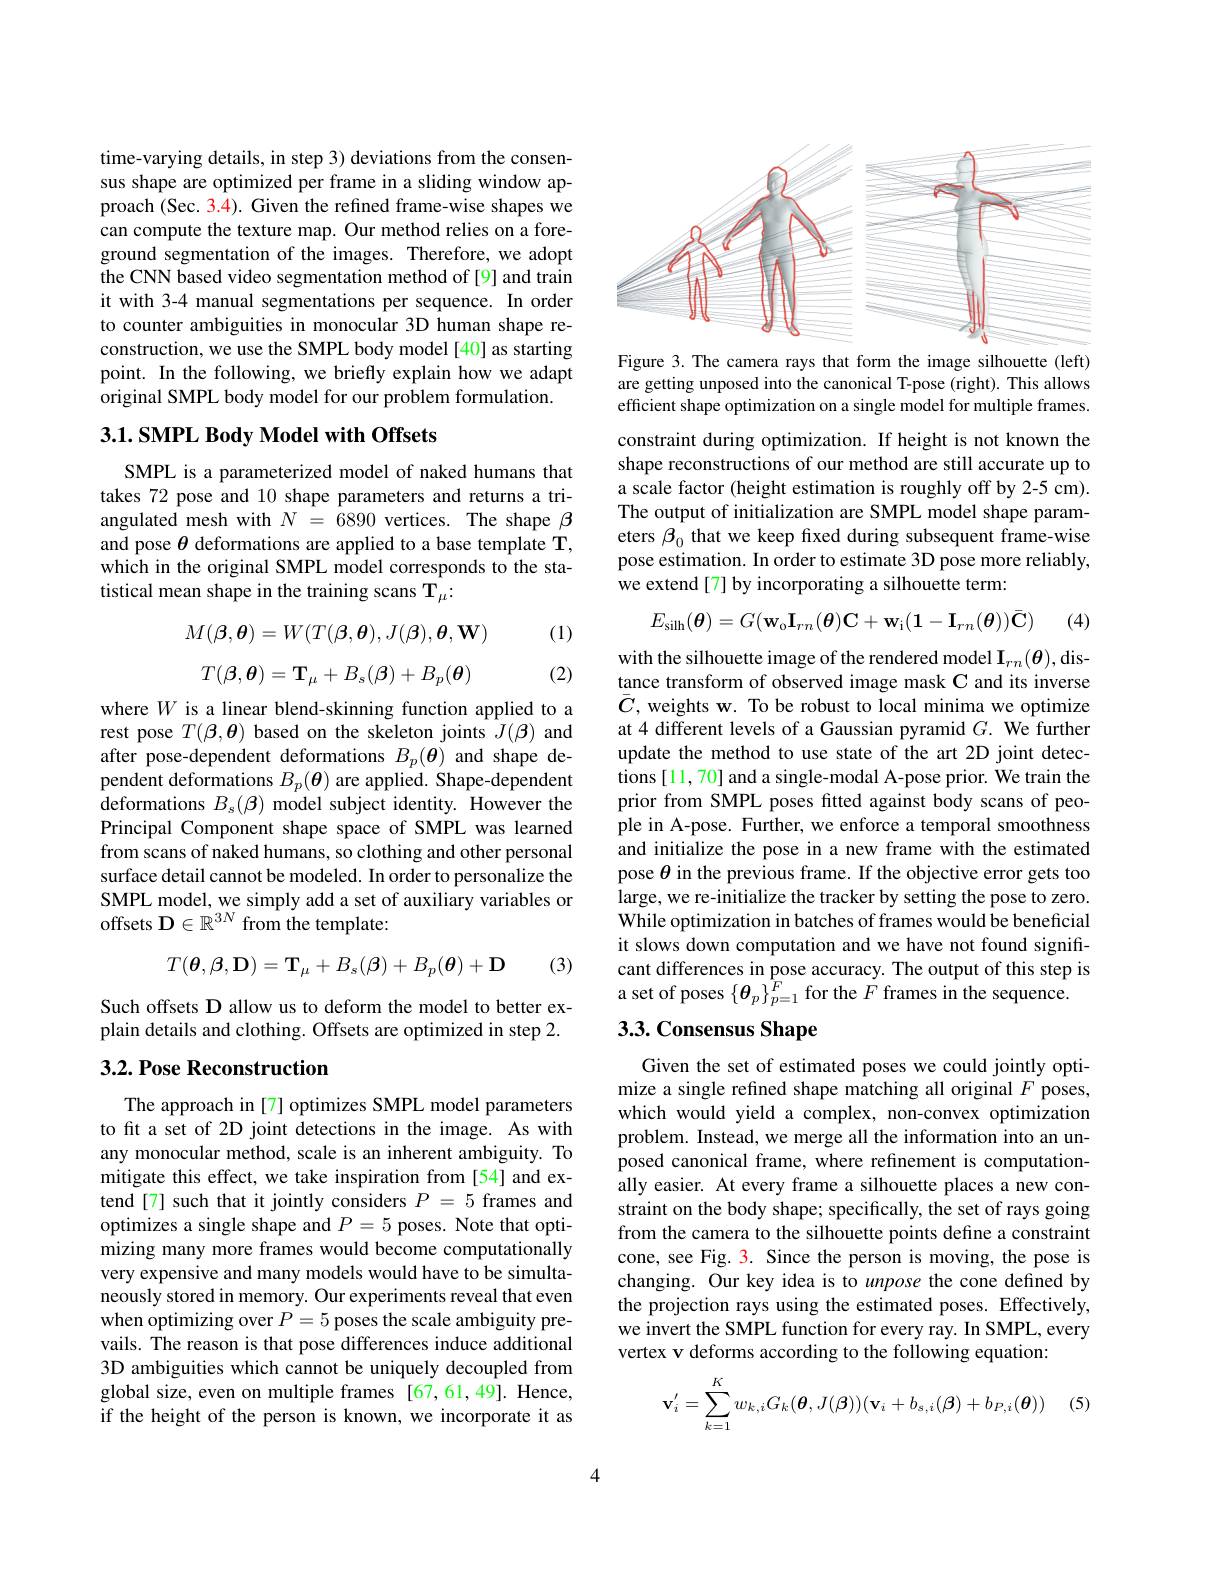
time-varying details, in step 3) deviations from the consensus shape are optimized per frame in a sliding window approach (Sec. 3.4). Given the refined frame-wise shapes we can compute the texture map. Our method relies on a foreground segmentation of the images. Therefore, we adopt the CNN based video segmentation method of [9] and train it with 3-4 manual segmentations per sequence. In order to counter ambiguities in monocular 3D human shape reconstruction, we use the SMPL body model [40] as starting point. In the following, we briefly explain how we adapt original SMPL body model for our problem formulation.

## 3.1. SMPL Body Model with Offsets

SMPL is a parameterized model of naked humans that takes 72 pose and 10 shape parameters and returns a triangulated mesh with $N$ = $\tilde{6} 890$ vertices. The shape $\beta$ and pose $\theta$ deformations are applied to a base template T, which in the original SMPL model corresponds to the statistical mean shape in the training scans T$_\mu{:}$

(1)
$$M(\beta,\theta)=W(T(\beta,\theta),J(\beta),\theta,\mathbf{W})$$
$$T(\boldsymbol{\beta},\boldsymbol{\theta})=\mathbf{T}_\mu+B_s(\boldsymbol{\beta})+B_p(\boldsymbol{\theta})$$
(2)

where $W$ is a linear blend-skinning function applied to a rest pose $T(\beta,\boldsymbol{\theta})$ based on the skeleton joints $J(\beta)$ and after pose-dependent deformations $B_p(\boldsymbol{\theta})$ and shape dependent deformations $B_p(\boldsymbol{\theta})$ are applied. Shape-dependent deformations $B_s(\beta)$ model subject identity. However the Principal Component shape space of SMPL was learned from scans of naked humans, so clothing and other personal surface detail cannot be modeled. In order to personalize the SMPL model, we simply add a set of auxiliary variables or offsets D$\in\mathbb{R}^3N$ from the template:
$$T(\boldsymbol{\theta},\boldsymbol{\beta},\mathbf{D})=\mathbf{T}_\mu+B_s(\boldsymbol{\beta})+B_p(\boldsymbol{\theta})+\mathbf{D}$$
(3)

Such offsets D allow us to deform the model to better explain details and clothing. Offsets are optimized in step 2.

# 3.2. Pose Reconstruction

The approach in [7] optimizes SMPL model parameters to fit a set of 2D joint detections in the image. As with any monocular method, scale is an inherent ambiguity. To mitigate this effect, we take inspiration from [54] and extend[7] such that it jointly considers $P=5$ frames and optimizes a single shape and $P=5$ poses. Note that optimizing many more frames would become computationally very expensive and many models would have to be simultaneously stored in memory. Our experiments reveal that even when optimizing over $P=5$ poses the scale ambiguity prevails. The reason is that pose differences induce additional 3D ambiguities which cannot be uniquely decoupled from global size, even on multiple frames [67,61,49]. Hence, if the height of the person is known, we incorporate it as

<FigureHere>

Figure 3. The camera rays that form the image silhouette (left) are getting unposed into the canonical T-pose (right). This allows efficient shape optimization on a single model for multiple frames.

constraint during optimization. If height is not known the shape reconstructions of our method are still accurate up to a scale factor (height estimation is roughly off by 2-5 cm). The output of initialization are SMPL model shape parameters $\beta_0$ that we keep fixed during subsequent frame-wise pose estimation. In order to estimate 3D pose more reliably, we extend [7] by incorporating a silhouette term:
$$E_{\mathrm{silh}}(\boldsymbol{\theta})=G(\mathbf{w}_{\mathrm{o}}\mathbf{I}_{rn}(\boldsymbol{\theta})\mathbf{C}+\mathbf{w}_{\mathrm{i}}(\mathbf{1}-\mathbf{I}_{rn}(\boldsymbol{\theta}))\bar{\mathbf{C}})$$
(4)

with the silhouette image of the rendered model $\mathbf{I}_rn(\boldsymbol{\theta})$,distance transform of observed image mask C and its inverse $\bar{C}$, weights w. To be robust to local minima we optimize at 4 different levels of a Gaussian pyramid $G.$ We further update the method to use state of the art 2D joint detections [11,70] and a single-modal A-pose prior. We train the prior from SMPL poses fitted against body scans of people in A-pose. Further, we enforce a temporal smoothness and initialize the pose in a new frame with the estimated pose $\theta$ in the previous frame. If the objective error gets too large, we re-initialize the tracker by setting the pose to zero. While optimization in batches of frames would be beneficial it slows down computation and we have not found significant differences in pose accuracy. The output of this step is a set of poses $\{\boldsymbol\theta_{p}\}_{p=1}^{\hat{F}}$ for the $\dot F$ frames in the sequence.

# 3.3. Consensus Shape

Given the set of estimated poses we could jointly optimize a single refined shape matching all original $F$ poses, which would yield a complex, non-convex optimization problem. Instead, we merge all the information into an unposed canonical frame, where refinement is computationally easier. At every frame a silhouette places a new constraint on the body shape; specifically, the set of rays going from the camera to the silhouette points define a constraint cone, see Fig. 3. Since the person is moving, the pose is changing. Our key idea is to unpose the cone defined by the projection rays using the estimated poses. Effectively, we invert the SMPL function for every ray. In SMPL, every vertex v deforms according to the following equation:
$$\mathbf{v}_i'=\sum\limits_{k=1}^Kw_{k,i}G_k(\boldsymbol{\theta},J(\boldsymbol{\beta}))(\mathbf{v}_i+b_{s,i}(\boldsymbol{\beta})+b_{P,i}(\boldsymbol{\theta}))$$
4